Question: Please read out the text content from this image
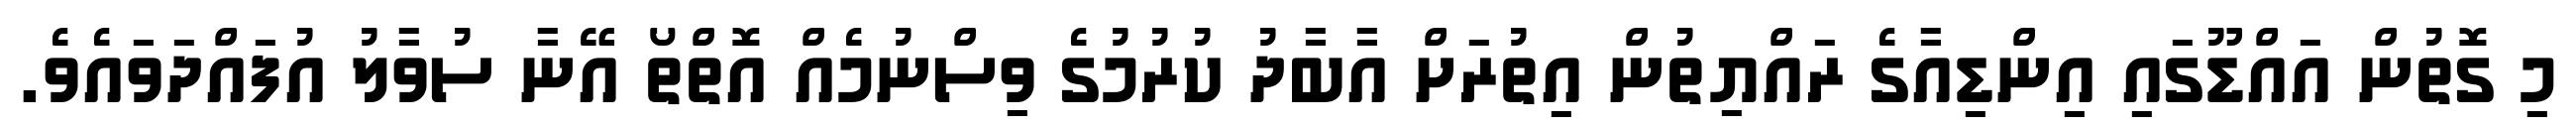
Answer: މި ގޮތުން އައްޑޫގައި އިންޑިއާގެ ރައްޔިތުން އިތުރަށް އާބާދު ކުރުމުގެ ވިސްނުމެއް އޮތްތޯ އޭނާ ސުވާލު އުފައްދަވައެވެ.